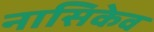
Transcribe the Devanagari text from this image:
नासिकेव